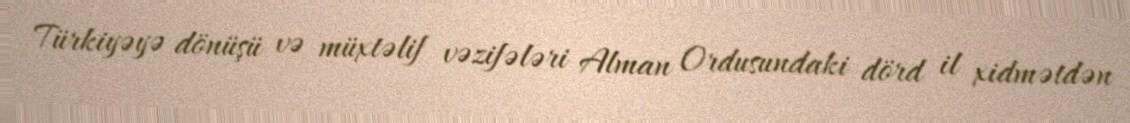
Türkiyəyə dönüşü və müxtəlif vəzifələri Alman Ordusundaki dörd il xidmətdən